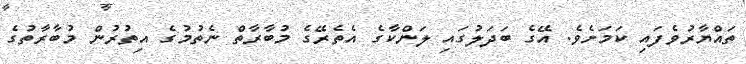
ތައްޔާރުވެފައި ކަމަށެވެ. އޭގެ ބަދަލުގައި ލަންކާގެ އެތެރޭގެ މުބާރާތް ނެތުމުގެ އިތުރުން މުބާރާތުގެ